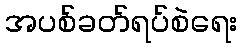
အပစ်ခတ်ရပ်စဲရေး